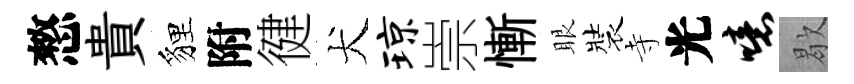
憗貴貍附徤犬琼崇慚眼裝寺光噫歇